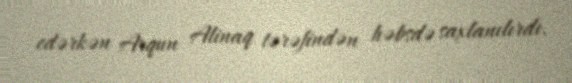
edərkən Arqun Alinaq tərəfindən həbsdə saxlanılırdı.